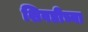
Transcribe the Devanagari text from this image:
शिवडीच्या